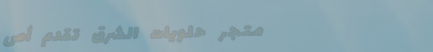
متجر حلويات الشرق تقدم أص